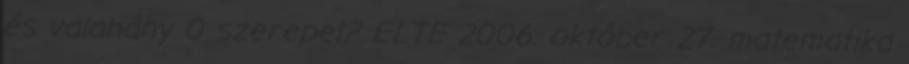
és valahány 0 szerepel? ELTE 2006. október 27. matematika